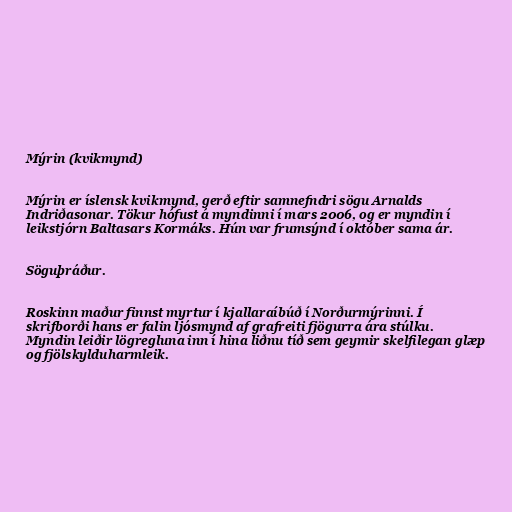
Mýrin (kvikmynd)

Mýrin er íslensk kvikmynd, gerð eftir samnefndri sögu Arnalds
Indriðasonar. Tökur hófust á myndinni í mars 2006, og er myndin í
leikstjórn Baltasars Kormáks. Hún var frumsýnd í október sama ár.

Söguþráður.

Roskinn maður finnst myrtur í kjallaraíbúð í Norðurmýrinni. Í
skrifborði hans er falin ljósmynd af grafreiti fjögurra ára stúlku.
Myndin leiðir lögregluna inn í hina liðnu tíð sem geymir skelfilegan glæp
og fjölskylduharmleik.